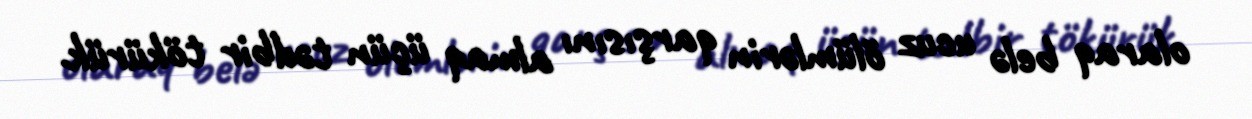
olaraq belə ucuz ölümlərin qarşısını almaq üçün tədbir tökürük.